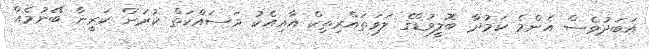
އަބަދުވެސް އެންމެ ކަމުދާ ބޮލީވުޑްގެ ލަވަތައްރިތިކް އާއިއެކު މަސައްކަތް ކުރަން ކަރީނާ ބޭނުމެއް